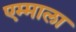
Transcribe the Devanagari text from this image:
एम्माला